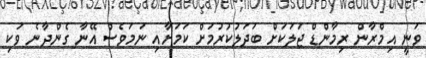
ވަނީ އިމްރާން ރިމާންޑް ޖަލަކަށް ބަދަލުކުރުމަށް ކަމަށާއި ނަމަވެސް އޭނާ ގެންދާނެ ވަކި